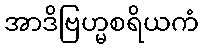
အာဒိဗြဟ္မစရိယကံ